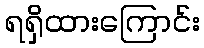
ရရှိထားကြောင်း